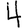
Digit: 4